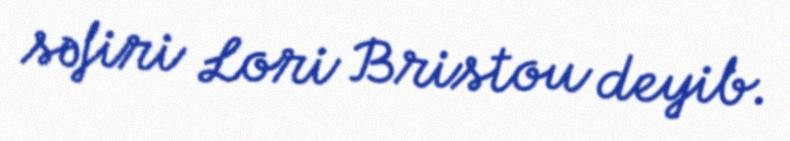
səfiri Lori Bristou deyib.